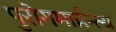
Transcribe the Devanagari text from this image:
पुरोगमार्हन्त्य